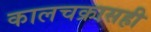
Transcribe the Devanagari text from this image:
कालचक्रासही